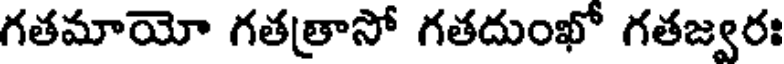
గతమాయో గతత్రాసో గతదుంఖో గతజ్వరః